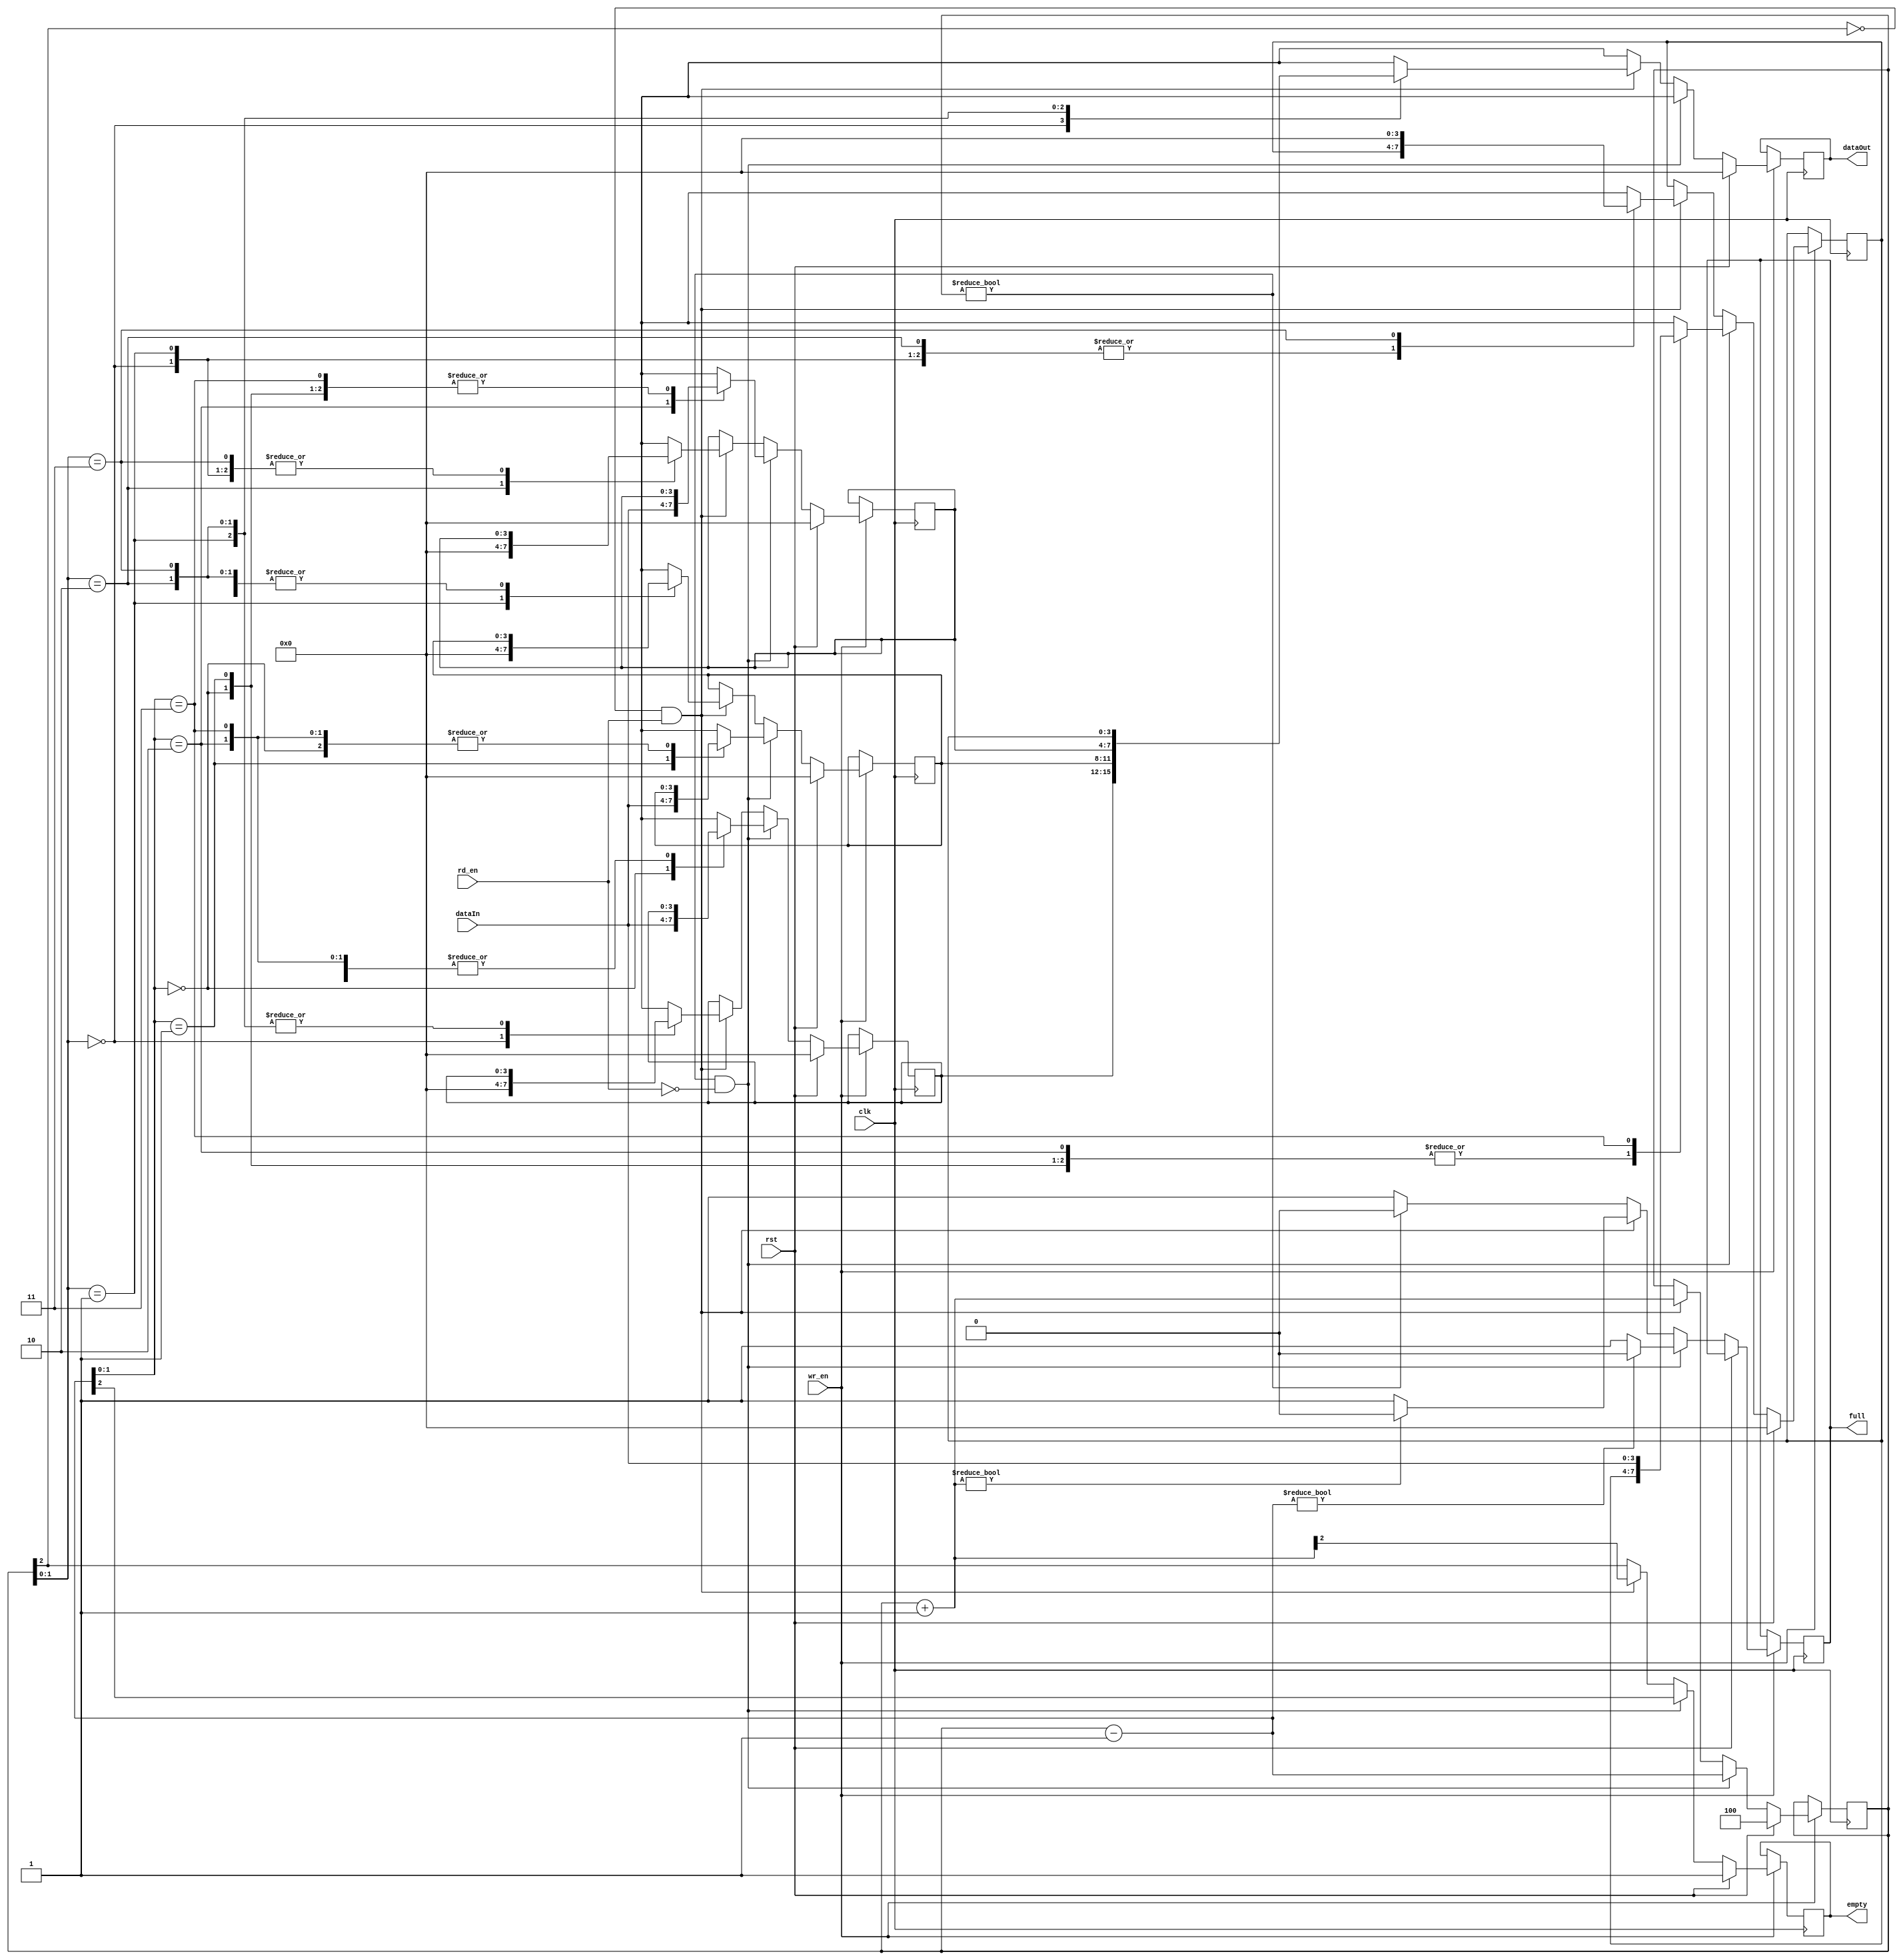
`timescale 1ns / 1ps

module lifo( 
    input [3:0] dataIn,
    input rd_en, wr_en, rst, clk,
    output  reg empty, full,    
    output reg [3:0] dataOut
    );

reg [3:0] stack_mem[0:3];
reg  [2:0] stack_ptr;
integer i;
  always @ (posedge clk)
begin
 if (wr_en==0);
 else begin
    if (rst==1) begin
      stack_ptr = 3'd4;
      empty = stack_ptr[2];
      dataOut = 4'h0;
      for (i=0;i<4;i=i+1) begin
        stack_mem[i]= 0;
      end
     end
  else if (rst==0) begin
    full = stack_ptr? 0:1;
    empty  = stack_ptr[2];
    dataOut = 4'hx;
    if (full == 1'b0 && rd_en == 1'b0) begin
       stack_ptr = stack_ptr-1'b1;
       full = stack_ptr? 0:1;
       empty = stack_ptr[2];
       stack_mem[stack_ptr] = dataIn;
     end
   else if (empty == 1'b0 && rd_en == 1'b1) begin
       dataOut = stack_mem[stack_ptr];
       stack_mem[stack_ptr] = 0;
       stack_ptr = stack_ptr+1;
       full = stack_ptr? 0:1;
       empty = stack_ptr[2];
    end
  end
 end
end
endmodule